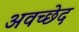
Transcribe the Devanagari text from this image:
अवच्छेद